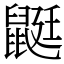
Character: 鼮